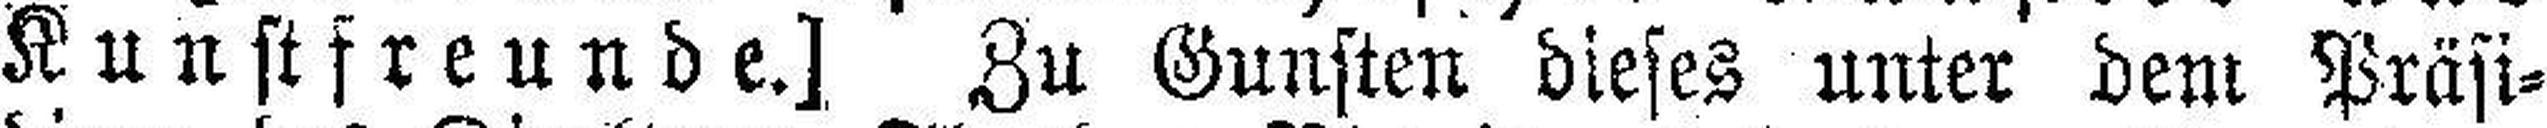
Kunstfreunde.]  Zu Gunsten dieses unter dem Präsi¬